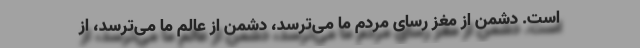
است. دشمن از مغز رسای مردم ما می‌ترسد، دشمن از عالم ما می‌ترسد، از